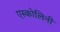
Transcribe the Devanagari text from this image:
एस्कोलिनी